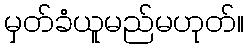
မှတ်ခံယူမည်မဟုတ်။